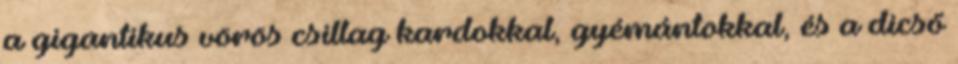
a gigantikus vörös csillag kardokkal, gyémántokkal, és a dicső